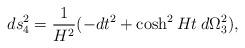
LaTeX: \begin{align*}d s_4^2=\frac{1}{H^2}(-dt^2 +\cosh^2 H t \: d \Omega_3^2),\end{align*}